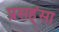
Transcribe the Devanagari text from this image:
प्रसह्ंसा